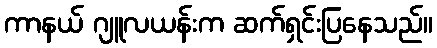
ကာနယ် ဂျူလယန်းက ဆက်ရှင်းပြနေသည်။